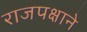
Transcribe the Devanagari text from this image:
राजपक्षाने